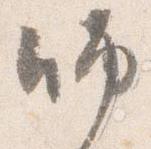
師